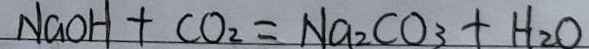
N a O H + C O _ { 2 } = N a _ { 2 } C O _ { 3 } + H _ { 2 } O